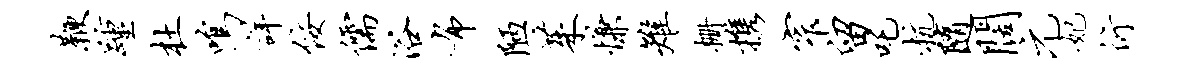
鞭踵杜鸣详佞儒浴布陋茱慊雉栅携窄留吒杭随阔元妃衍